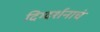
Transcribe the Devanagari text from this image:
दिग्दर्शनाचं